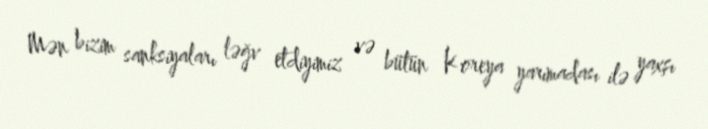
Mən bizim sanksiyaları ləğv etdiyimiz və bütün Koreya yarımadası ilə yaxşı